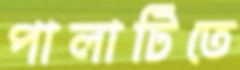
পালাটিতে